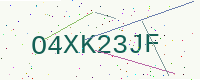
Text: O4XK23JF